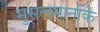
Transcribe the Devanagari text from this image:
मुसलमानोंके